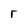
Character: r